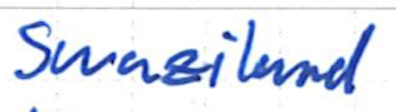
Text: Swaziland
Cross-out: clean
Writing tool: ballpoint